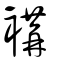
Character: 褠